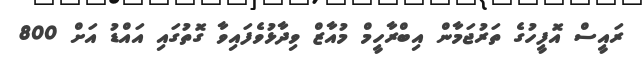
ރައީސް އޮފީހުގެ ތަރުޖަމާން އިބްރާހީމް މުއާޒް ވިދާޅުވެފައިވާ ގޮތުގައި އައްޑު އަށް 800